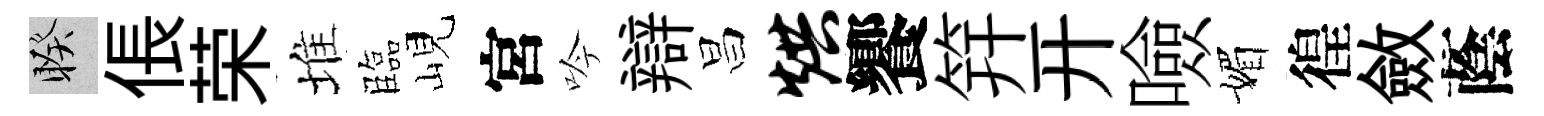
睽倀荣堆臨峴宮吟辯昌烘饗笄开噞媚徨斂蔭